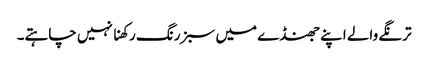
ترنگے والے اپنے جھنڈے میں سبز رنگ رکھنا نہیں چاہتے۔